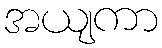
အယျကာ